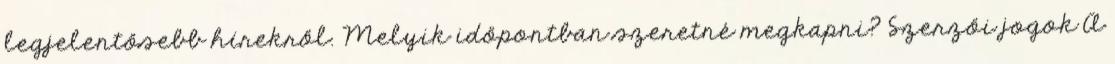
legjelentősebb hírekről. Melyik időpontban szeretné megkapni? Szerzői jogok A